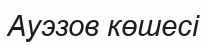
Ауэзов көшесі